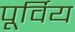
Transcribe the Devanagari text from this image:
पूर्विय